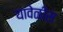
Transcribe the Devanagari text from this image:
यावेळीस